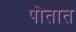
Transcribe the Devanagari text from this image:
पोतात